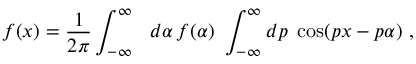
f ( x ) = { \frac { 1 } { 2 \pi } } \int _ { - \infty } ^ { \infty } \ \ d \alpha \, f ( \alpha ) \ \int _ { - \infty } ^ { \infty } d p \ \cos ( p x - p \alpha ) \ ,